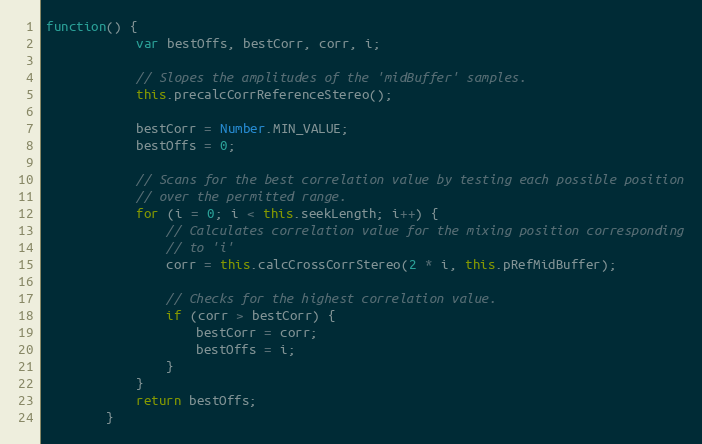
Language: JavaScript
function() {
            var bestOffs, bestCorr, corr, i;

            // Slopes the amplitudes of the 'midBuffer' samples.
            this.precalcCorrReferenceStereo();

            bestCorr = Number.MIN_VALUE;
            bestOffs = 0;

            // Scans for the best correlation value by testing each possible position
            // over the permitted range.
            for (i = 0; i < this.seekLength; i++) {
                // Calculates correlation value for the mixing position corresponding
                // to 'i'
                corr = this.calcCrossCorrStereo(2 * i, this.pRefMidBuffer);

                // Checks for the highest correlation value.
                if (corr > bestCorr) {
                    bestCorr = corr;
                    bestOffs = i;
                }
            }
            return bestOffs;
        }